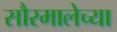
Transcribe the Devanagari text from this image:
सौरमालेच्या